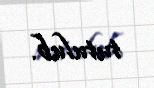
tutulub.